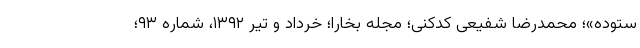
ستوده»؛ محمدرضا شفیعی کدکنی؛ مجله بخارا؛ خرداد و تیر ۱۳۹۲، شماره ۹۳؛